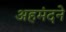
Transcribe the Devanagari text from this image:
अहमंदने